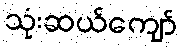
သုံးဆယ်ကျော်